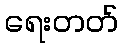
ရေးတတ်